Annual report of lunatic asylums [Bombay] - 1912-1922
Year: 1912
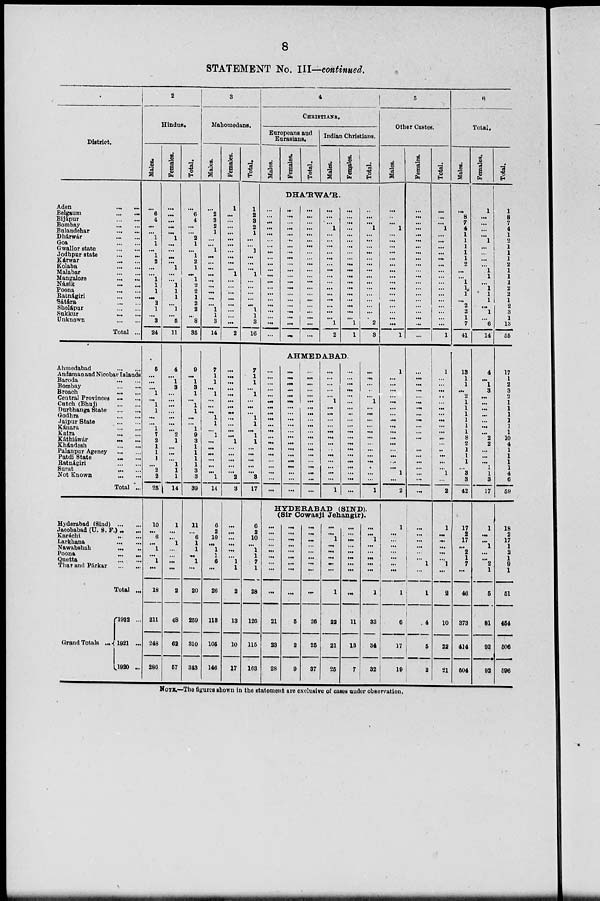
8
STATEMENT No. III—continued.
District.
Aden ... ...
Belgaum
...
...
Bijápur ... ...
Bombay ... ...
Bulandehar ... ...
Dhárwár ... ...
Goa ... ...
Gwalior state ... ...
Jodhpur state
... ...
Kárwar
...
...
Kolaba ... ...
Malabar ... ...
Mangalore ... ...
Násik
...
...
Poona ... ...
Ratnágiri ... ...
Sátára ... ...
Sholápur ... ...
Sakkur ... ...
Unknown ... ...
Total ...
Ahmedabad ... ...
Andaman and Nicobar Islands
Baroda ... ...
Bombay ... ...
Broach ... ...
Central Provinces ... ...
Cutch (Bhuj) ... ...
Durbhanga State ... ...
Godhra ... ...
Jaipur State ... ...
Káuara ... ...
Kaira ... ...
Káthiáwár
...
...
Khándesh ... ...
Palanpur Agency ... ...
Patdi State ... ...
Ratnágiri ... ...
Surat ... ...
Not Known ... ...
Total ...
Hyderabad (Sind) ... ...
Jacobabad (U. S. F.) ... ...
Karachi ... ...
Larkhana ... ...
Nawabshah ... ...
Poona ... ...
Quetta ... ...
Thar and Párkar ... ...
Total ...
Grand Totals ...
1922 ...
1921 ...
1920 ...
2
Hindus.
Males.
...
6
4
...
...
1
1
...
1
2
...
...
1
1
1
...
2
1
...
3
24
5
...
...
...
1
...
1
1
...
...
1
7
2
1
1
1
...
2
2
25
10
...
6
...
1
...
1
...
18
211
248
286
Females.
...
...
...
...
...
1
...
...
...
...
1
...
...
1
1
1
...
1
...
5
11
4
...
1
3
...
...
...
...
...
...
...
2
1
...
...
...
1
1
1
14
1
...
...
1
...
...
...
...
2
48
62
57
Total.
...
6
4
...
...
2
1
...
1
2
1
...
1
2
2
1
2
2
...
8
35
9
...
1
3
1
...
1
1
...
...
1
9
3
1
1
1
1
3
3
39
11
...
6
1
1
...
1
...
20
259
310
343
3
Mahomedans.
Males.
...
2
3
2
1
...
...
1
...
...
...
...
...
...
...
...
...
1
1
3
14
7
1
1
...
1
...
...
...
1
1
...
1
...
...
...
...
...
...
1
14
6
2
10
...
1
1
6
...
26
113
105
146
Females.
1
...
...
...
...
...
...
...
...
...
...
1
...
...
...
...
...
...
...
...
2
...
...
...
...
...
...
...
...
...
...
...
...
1
...
...
...
...
...
2
3
...
...
...
...
...
...
1
1
2
13
10
17
Total.
1
2
3
2
1
...
...
1
...
...
...
1
...
...
...
...
...
1
1
3
16
7
1
1
...
1
...
...
...
1
1
...
1
1
...
...
...
...
...
3
17
6
2
10
...
1
1
7
1
28
126
115
163
4
CHRISTIANS.
Europeans and
Eurasians.
Males.
Females.
Total.
Indian Christians.
Males.
Females.
Total.
DHA'RWA'R.
...
...
...
...
...
...
...
...
...
...
...
...
...
...
...
...
...
...
...
...
...
...
...
...
...
...
...
...
...
...
...
...
...
...
...
...
...
...
...
...
...
...
...
...
...
...
...
...
...
...
...
...
...
...
...
...
...
...
...
...
...
...
...
...
...
...
1
...
...
...
...
...
...
...
...
...
...
...
...
...
...
...
1
2
...
...
...
...
...
...
...
...
...
...
...
...
...
...
...
...
...
...
...
1
1
...
...
...
1
...
...
...
...
...
...
...
...
...
...
...
...
...
...
...
2
3
AHMEDABAD.
...
...
...
...
...
...
...
...
...
...
...
...
...
...
...
...
...
...
...
...
...
...
...
...
...
...
...
...
...
...
...
...
...
...
...
...
...
...
...
...
...
...
...
...
...
...
...
...
...
...
...
...
...
...
...
...
...
...
...
...
...
...
...
...
...
1
...
...
...
...
...
...
...
...
...
...
...
...
...
1
...
...
...
...
...
...
...
...
...
...
...
...
...
...
...
...
...
...
...
...
...
...
...
...
...
1
...
...
...
...
...
...
...
...
...
...
...
...
...
1
HYDERABAD (SIND).
(Sir Cowasji Jehangir).
...
...
...
...
...
...
...
...
...
21
23
28
...
...
...
...
...
...
...
...
...
5
2
9
...
...
...
...
...
...
...
...
...
26
25
37
...
...
1
...
...
...
...
...
1
22
21
25
...
...
...
...
...
...
...
...
...
11
13
7
...
...
1
...
...
...
...
...
1
33
34
32
5
Other Castes.
Males.
...
...
...
1
...
...
...
...
...
...
...
...
...
...
...
...
...
...
...
...
1
1
...
...
...
...
...
...
...
...
...
...
...
...
...
...
...
...
1
...
2
1
...
...
...
...
...
...
...
1
6
17
19
Females.
...
...
...
...
...
...
...
...
...
...
...
...
...
...
...
...
...
...
...
...
...
...
...
...
...
...
...
...
...
...
...
...
...
...
...
...
...
...
...
...
...
...
...
...
... ...
... 1
...
1
4
5
2
Total.
...
...
...
1
...
...
...
...
...
...
...
...
...
...
...
...
...
...
...
...
1
6
Total.
Males.
...
8
7
4
1
1
1
1
1
2
...
...
1
1
1
...
2
2
1
7
41
1
...
...
...
..
...
...
...
...
...
...
...
...
..
...
...
...
1
...
2
1
...
...
...
...
...
1
...
2
10
22
21
13
1
1
...
2
1
1
1
1
1
1
8
2
1
1
1
...
3
3
42
17
2
17
...
2
1
7
...
46
373
414
504
Females.
1
...
...
...
...
1
...
...
...
...
1
1
...
1
1
1
...
1
...
6
14
4
...
1
3
...
...
...
...
...
...
...
2
2
...
...
...
1
1
3
17
1
...
...
1
...
...
2
1
5
81
92
92
Total.
1
8
7
4
1
2
1
1
1
2
1
1
1
2
2
1
2
3
1
13
55
17
1
2
3
2
1
1
1
1
1
1
10
4
1
1
1
1
4
6
59
18
2
17
1
2
1
9
1
51
454
506
596
NOTE.—The figures shown in the statement are exclusive of cases under observation.